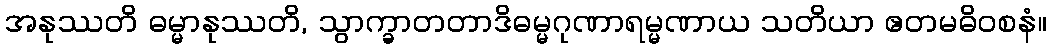
အနုဿတိ ဓမ္မာနုဿတိ, သွာက္ခာတတာဒိဓမ္မဂုဏာရမ္မဏာယ သတိယာ ဧတမဓိဝစနံ။